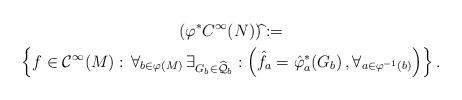
LaTeX: \begin{gather*}(\varphi^{*}C^{\infty}(N))\widehat{}:=\\\left\{f\in\mathcal{C}^{\infty}(M):\,\forall_{b\in\varphi(M)}\,\exists_{ G_{b}\in\widehat{\mathcal{Q}}_{b}}: \left(\hat{f}_{a}=\hat{\varphi}_{a}^{*}(G_{b})\,,\forall_{a\in\varphi^{-1}(b)}\right)\right\}.\end{gather*}